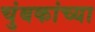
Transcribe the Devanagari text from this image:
चुंबकांच्या